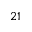
2 1